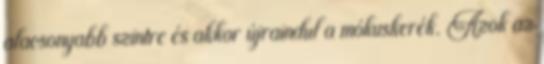
alacsonyabb szintre és akkor újraindul a mókuskerék. Azok az